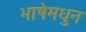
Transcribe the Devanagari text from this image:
भाषेमधुन